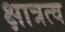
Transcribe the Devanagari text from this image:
क्षात्रत्व